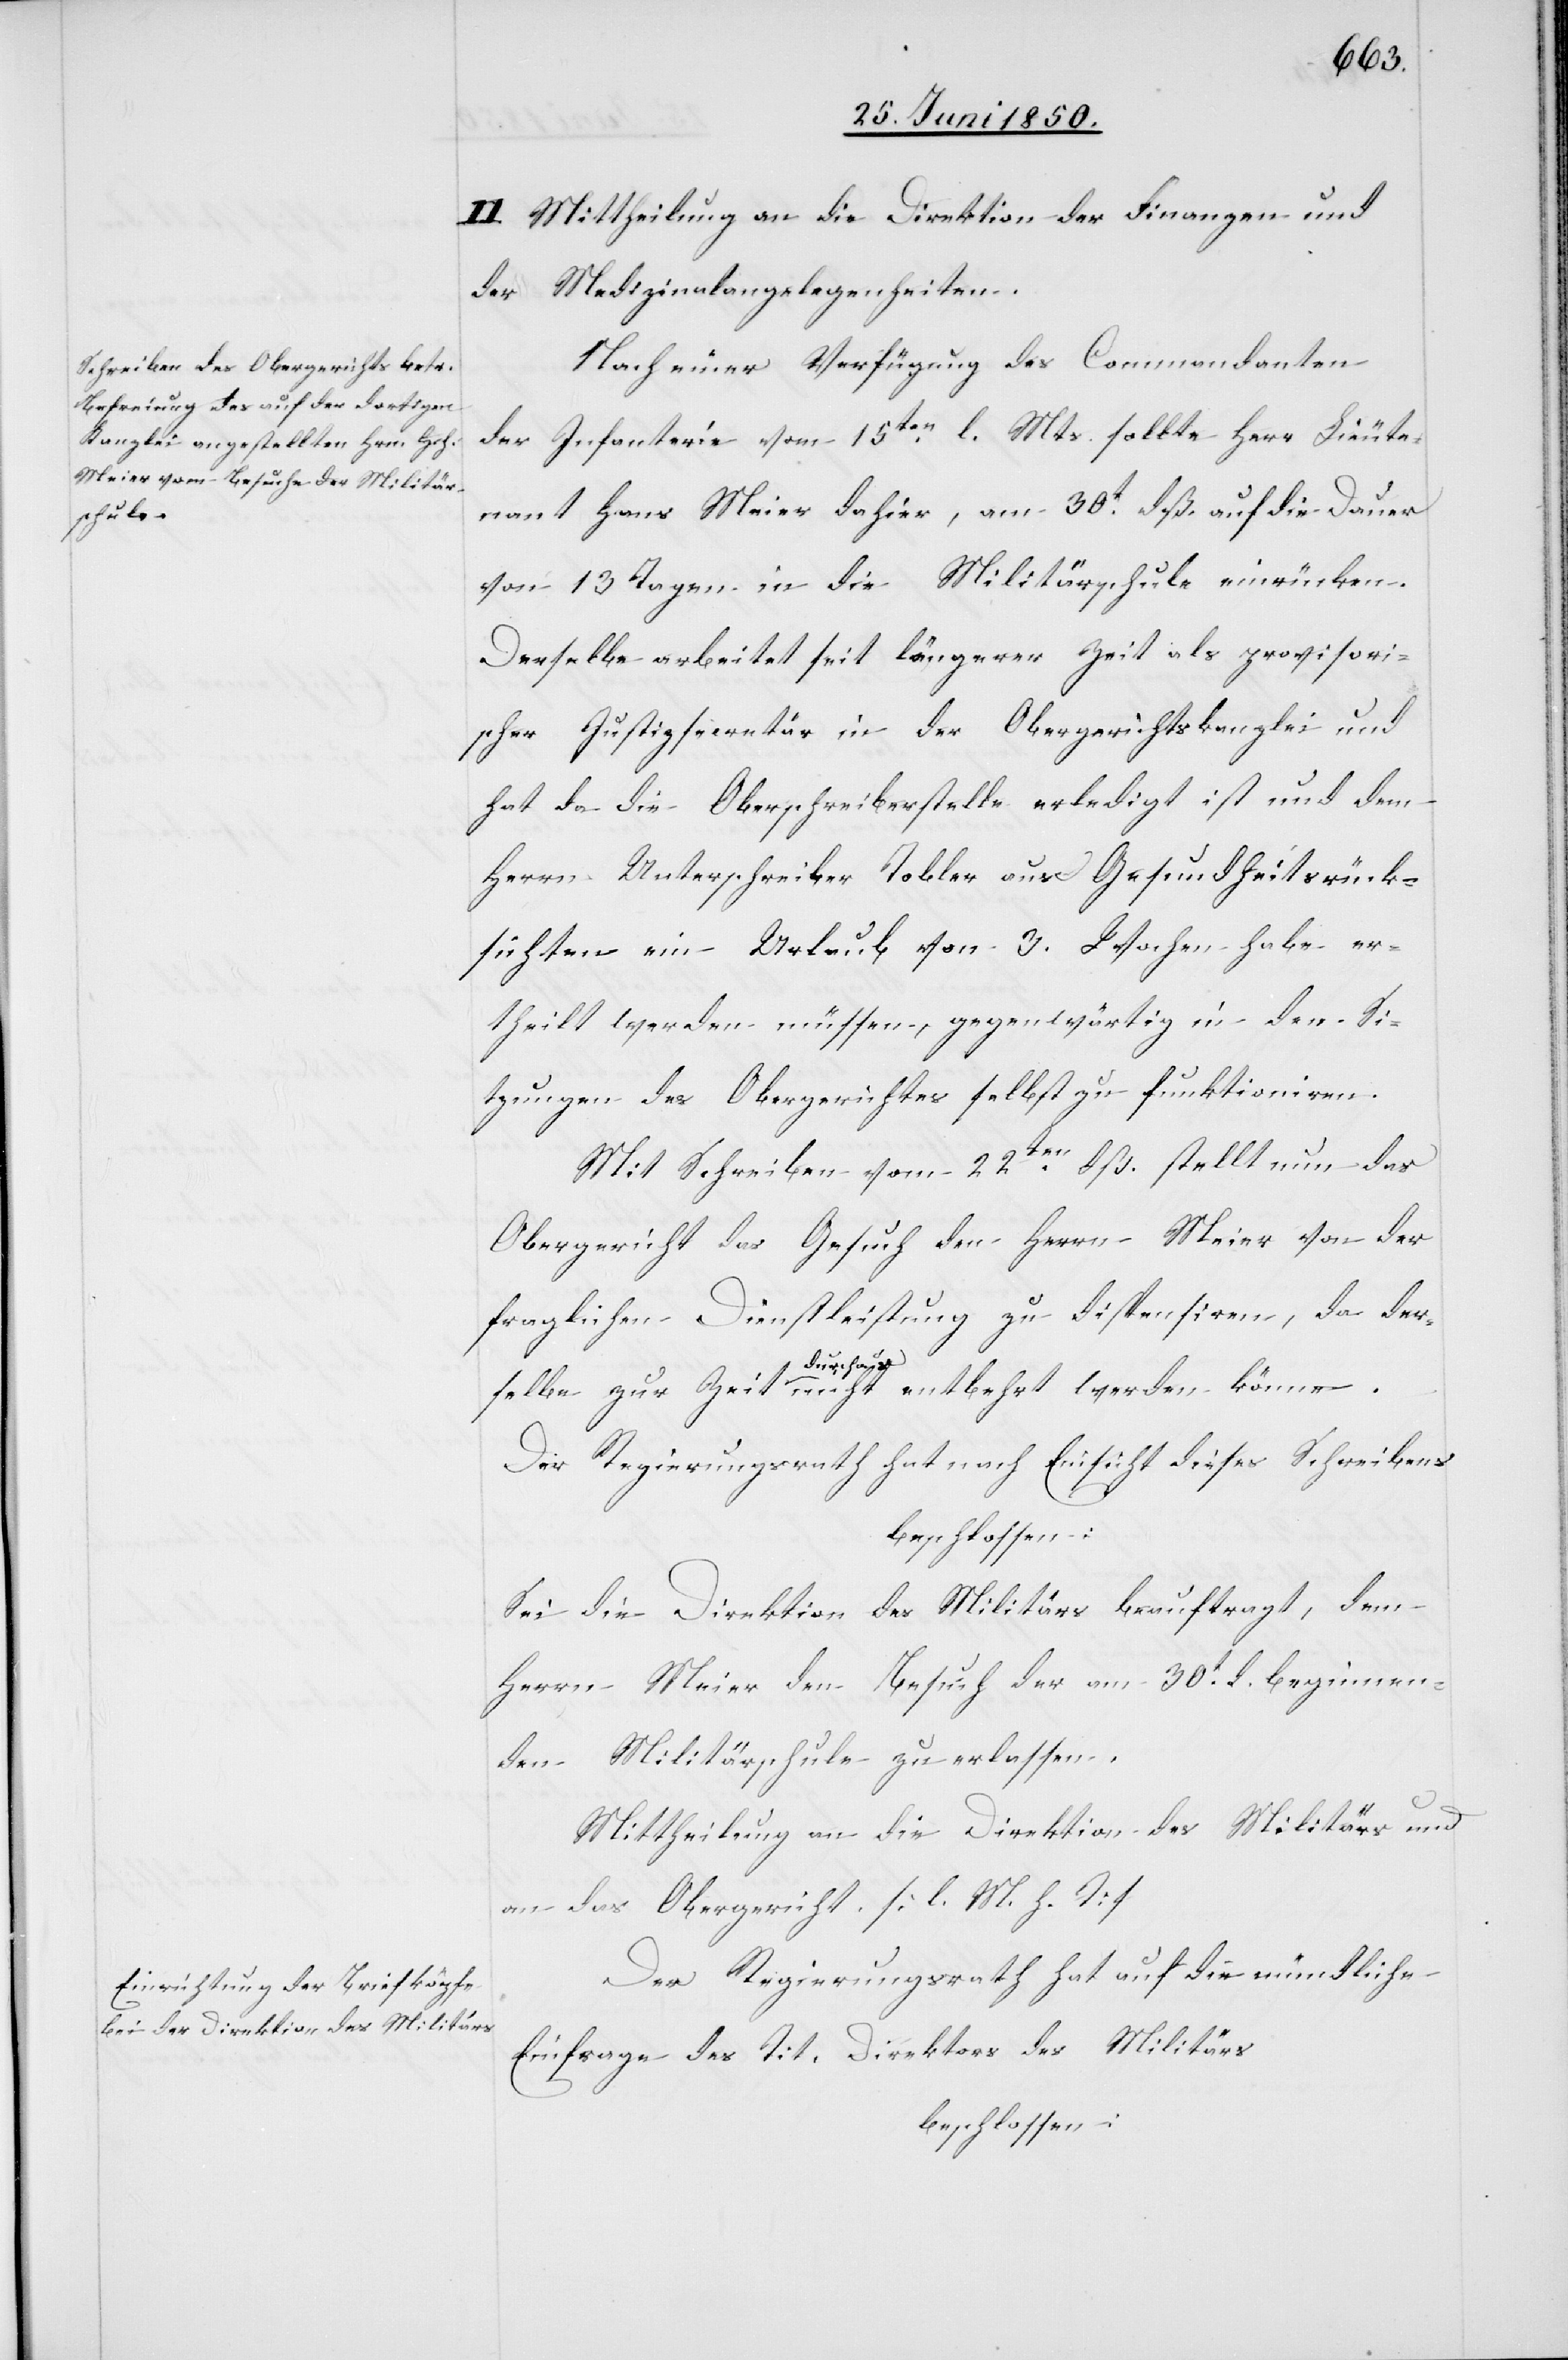
II. Mittheilung an die Direktion der Finanzen und
der Medizinalangelegenheiten.
Nach einer Verfügung des Commandanten
der Infanterie vom 15ten l. Mts. sollte Herr Lieute¬
nant Hans Meier dahier, am 30t dß. auf die Dauer
von 13 Tagen in die Militärschule einrücken.
Derselbe arbeitet seit längerer Zeit als provisori¬
scher Justizsecretär in der Obergerichtskanzlei und
hat da die Oberschreiberstelle erledigt ist und dem
Herrn Unterschreiber Tobler aus Gesundheitsrück¬
sichten ein Urlaub von 3. Wochen habe er¬
theilt werden müssen, gegenwärtig in den Si¬
tzungen des Obergerichtes selbst zu funktioniren.
Mit Schreiben vom 22ten dß. stellt nun das
Obergericht das Gesuch den Herrn Meier von der
fraglichen Dienstleistung zu dispensiren, da der¬
selbe zur Zeit durchaus nicht entbehrt werden könne.
Der Regierungsrath hat nach Einsicht dieses Schreibens
beschlossen:
Sei die Direktion des Militärs beauftragt, dem
Herrn Meier den Besuch der am 30t d. beginnen¬
den Militärschule zu erlassen.
Mittheilung an die Direktion des Militärs und
an das Obergericht. [l. M. h. T]
Der Regierungsrath hat auf die mündliche
Einfrage des Tit. Direktors des Militärs
beschlossen: